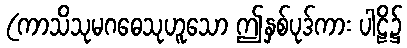
(ကာသိသုမဂဓေသုဟူသော ဤနှစ်ပုဒ်ကား ပါဠိ၌